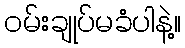
ဝမ်းချုပ်မခံပါနဲ့။